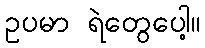
ဥပမာ ရဲတွေပေါ့။